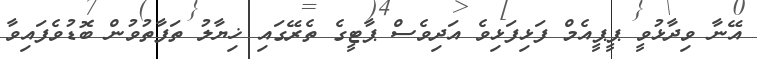
އޭނާ ވިދާޅުވީ ޕީޕީއެމް ފަޅިފަޅިވެ އަދިވެސް ޕާޓީގެ ތެރޭގައި ޚިޔާލު ތަފާތުވުން ބޮޑުވެފައިވާ